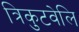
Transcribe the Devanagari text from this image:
त्रिकुटवेलि